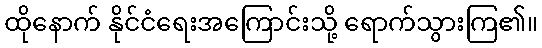
ထိုနောက် နိုင်ငံရေးအကြောင်းသို့ ရောက်သွားကြ၏။